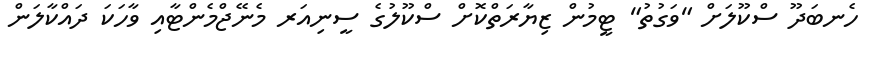
ހެނބަދޫ ސްކޫލަށް "ވަގުތު" ޓީމުން ޒިޔާރަތްކޮށް ސްކޫލުގެ ސީނިއަރ މެނޭޖްމެންޓާއި ވާހަކަ ދައްކާލަން